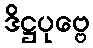
ဒိဋ္ဌပုဗ္ဗေ